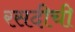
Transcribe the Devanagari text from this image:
रसदीची